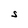
Character: S